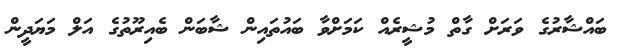
ބައްޝާރުގެ ވަރަށް ގާތް މުޝީރެއް ކަމަށްވާ ބައުތައިން ޝާބަން ބެއިރޫތުގެ އަލް މަޔަދީން